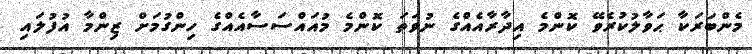
މެންބަރަކާ ޙަވާލުކުރެވޭ ކޮންމެ އިދާރާއެއްގެ ނުވަތަ ކޮންމެ މުއައްސަސާއެއްގެ ހިންގުމަށް ޒިންމާ އުފުލައި